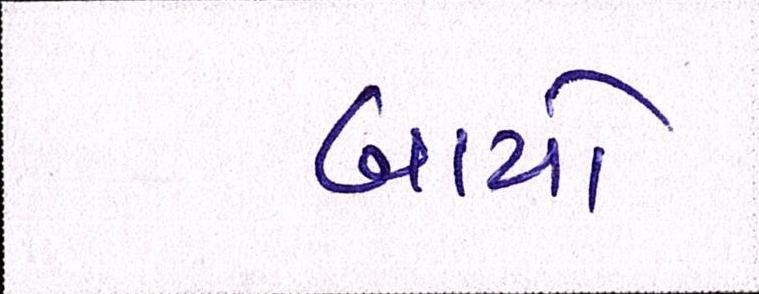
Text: બાયો